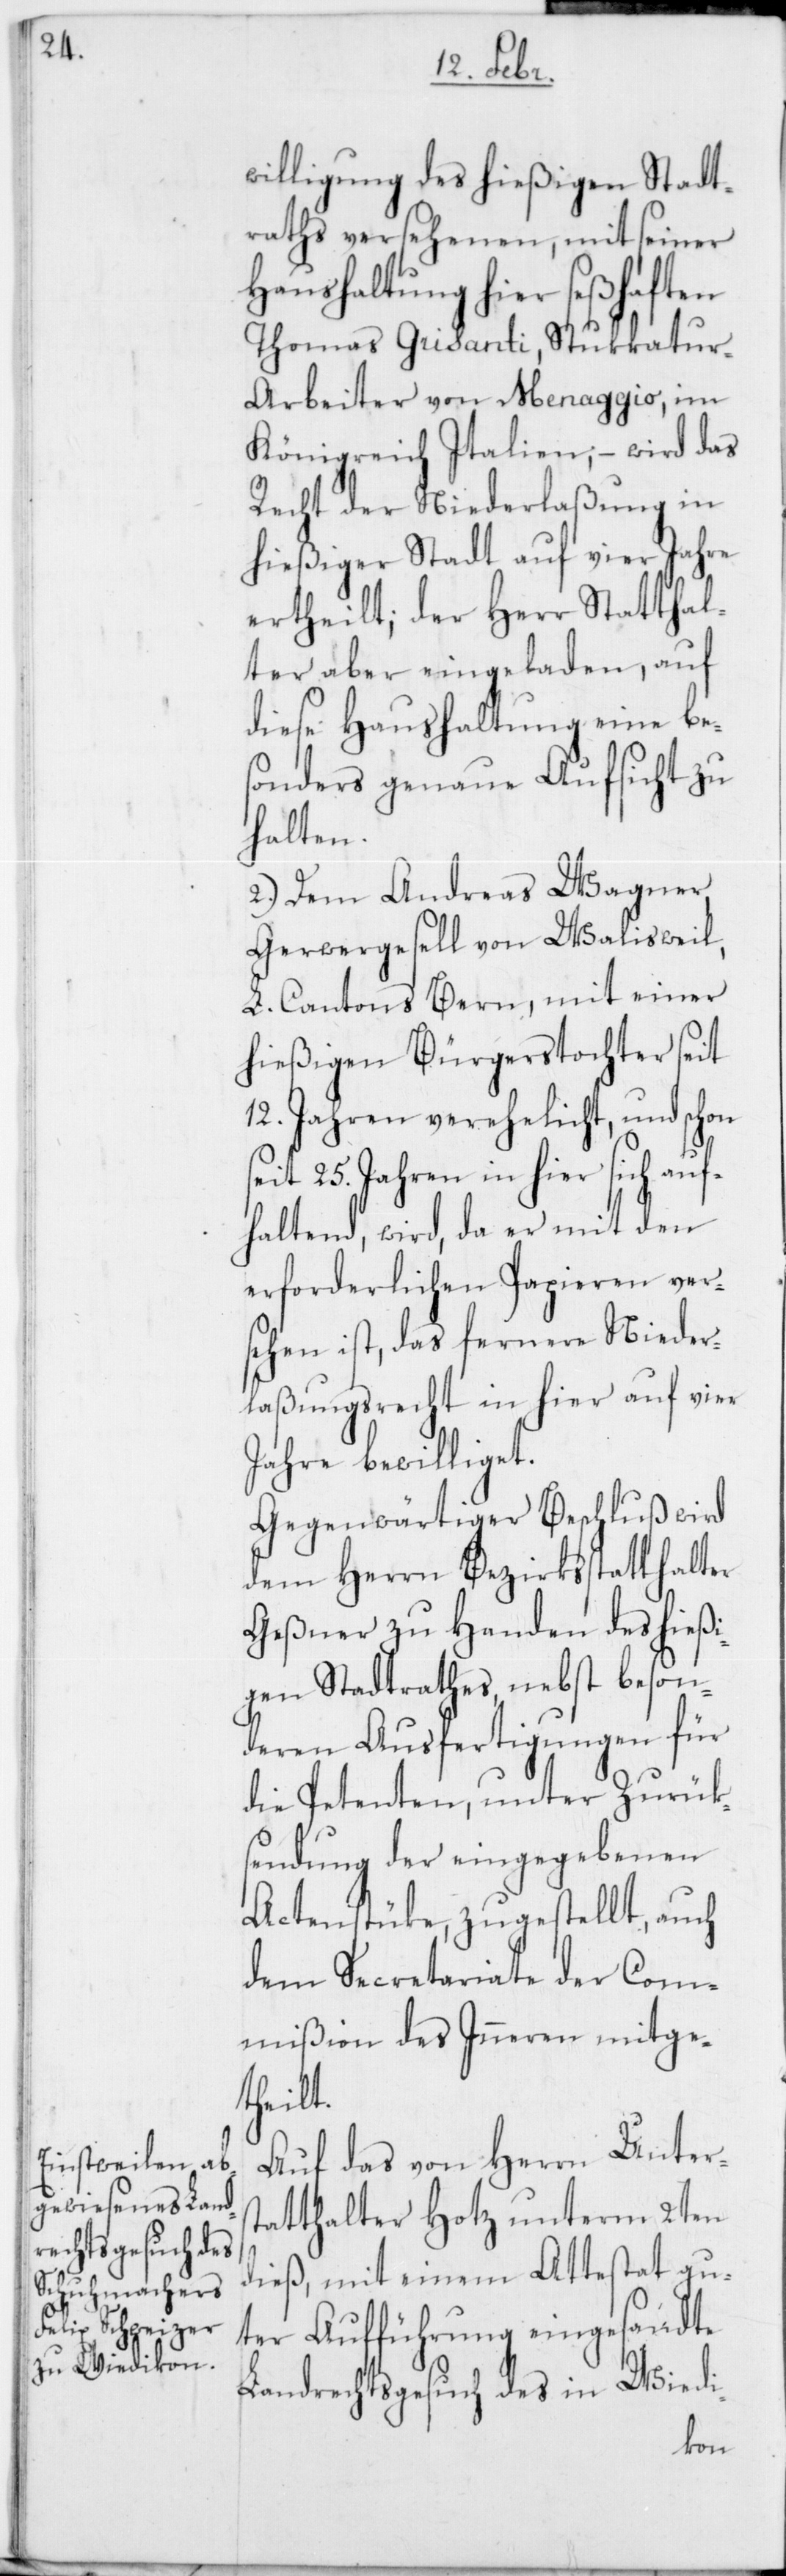
willigung des hießigen Stadt¬
raths versehenen, mit seiner
Haushaltung hier seßhaften
Thomas Grisanti, Stukkatu¬
r-Arbeiter von Menaggio, im
Königreich Italien, – wird das
Recht der Niederlaßung in
hießiger Stadt auf vier Jahre
ertheilt; der Herr Statthal¬
ter aber eingeladen, auf
diese Haushaltung eine be¬
sonders genaue Aufsicht zu
halten.
2.) Dem Andreas Wagner,
Gerwergesell von Walisweil
L. Cantons Bern, mit einer
hießigen Bürgerstochter seit
12. Jahren verehelicht, und schon
seit 25. Jahren in hier sich auf¬
haltend, wird, da er mit den
erforderlichen Papieren vers¬
ehen ist, das fernere Nieder¬
laßungsrecht in hier auf vier
Jahre bewilliget.
Gegenwärtiger Beschluß wird
dem Herrn Bezirksstatthalter
Geßner zu Handen des hießi¬
gen Stadtrathes nebst beson¬
deren Ausfertigungen für
die Petenten, unter Zurük¬
sendung der eingegebenen
Actenstüke zugestellt, auch
dem Secretariate der Com¬
mißion des Inneren mitge¬
theilt.
Auf das von Herrn Unters¬
tatthalter Hotz unterm 2ten
dieß, mit einem Attestat gu¬
ter Aufführung eingesandte
Landrechtsgesuch des in Wiedi-